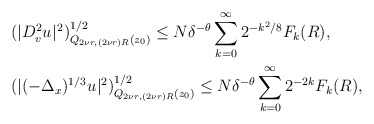
\begin{align*} &(|D_v^2 u_{}|^2)_{Q_{ 2\nu r, (2\nu r) R} (z_0)}^{1/2} \le N \delta^{-\theta} \sum_{k=0}^\infty 2^{- k^2/8 } F_k (R), \\ & (|(-\Delta_x)^{1/3} u_{}|^2)^{1/2}_{Q_{ 2\nu r, (2\nu r) R} (z_0)} \le N \delta^{-\theta} \sum_{k=0}^\infty 2^{-2k} F_k (R), \end{align*}